Leaving Certificate Examination, 1906
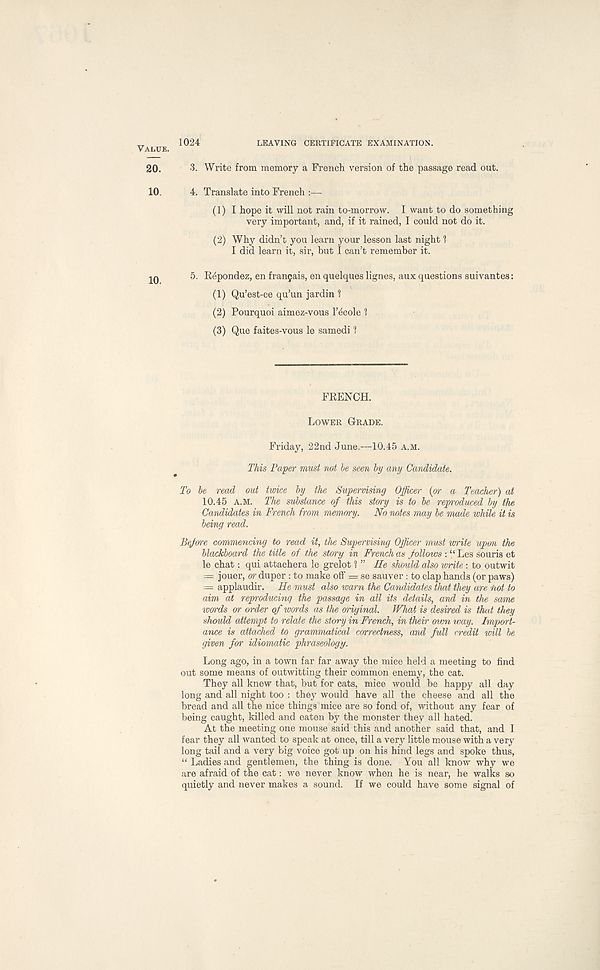
VALUE.
1024
LEAVING CERTIFICATE EXAMINATION.
20.
3. Write from memory a French version of the passage read out.
10.
4. Translate into French :—
(1) I hope it will not rain to-morrow. I want to do something
very important, and, if it rained, I could not do it.
(2) Why didn’t you learn your lesson last night 1
I did learn it, sir, but I can’t remember it.
5. Repondez, en fran$ais, en quelques lignes, aux questions suivantes:
(1) Qu’est-ce qu’un jardin 1
(2) Pourquoi aimez-vous 1’ecole 1
(3) Que faites-vous le samedi l
FRENCH.
LOWER GRADE.
Friday, 22nd June,—10.45 A.M.
This Paper must not be seen by any Candidate.
To be read out twice by the Supervising Officer (or a Teacher) at
10.45 A.M. The substance of this story is to be reproduced by the
Candidates in French from memory.
No notes may be made while it is
being read.
Before commencing to read it, the Supervising Officer must write upon the
blackboard the title of the story in French as follows : “ Les souris et
le chat: qui attachera le grelot ? ” He should also write: to outwit
= jouer, or duper : to make off = se sauver : to clap hands (or paws)
— applaudir. He must also warn the Candidates that they are not to
aim at reproducing the passage in all its details, and in the same
words or order of words as the original. What is desired is thid they
should attempt to relate the story in French, in their own way. Import-
ance is attached to grammatical correctness, and full credit will be
given for idiomatic phraseology.
Long ago, in a town far far away the mice held a meeting to find
out some means of outwitting their common enemy, the cat.
They all knew that, but for cats, mice would be happy all day
long and all night too : they would have all the cheese and all the
bread and all the nice things mice are so fond of, without any fear of
being caught, killed and eaten by the monster they all hated.
At the meeting one mouse said this and another said that, and I
fear they all wanted to speak at once, till a very little mouse with a very
long tail and a very big voice got up on his hind legs and spoke thus,
“ Ladies and gentlemen, the thing is done. You all know why we
are afraid of the cat: we never know when he is near, he walks so
quietly and never makes a sound. If we could have some signal of